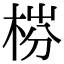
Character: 梤